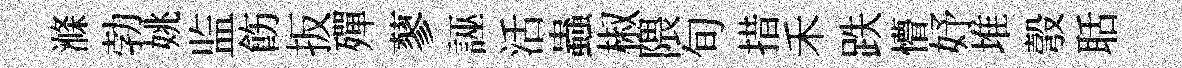
滌勃姚监飭扳殫蓼誣活蟲椒隈旬措禾跌懵妤堆彀聒